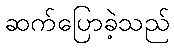
ဆက်ပြောခဲ့သည်